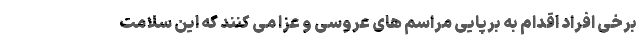
برخی افراد اقدام به برپایی مراسم های عروسی و عزا می کنند که این سلامت